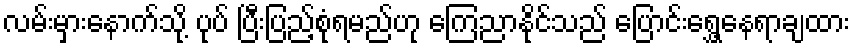
လမ်းမှားနောက်သို့ ပုပ် ပြီးပြည့်စုံရမည်ဟု ကြေညာနိုင်သည် ပြောင်းရွှေ့နေရာချထား